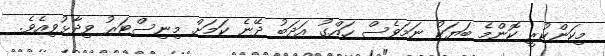
މިކަންކުރީ ކޮންމެ ބަޔަކު ނަމަވެސް ހައްގު އަދަބު ދޭނެ ކަމަށް މިނިސްޓަރު ވިދާޅުވިއެވެ.